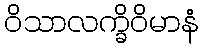
ဝိသာလက္ခိဝိမာနံ